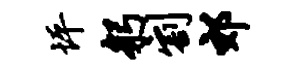
坪躬割郊